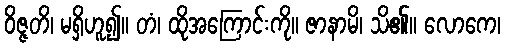
ဝိဇ္ဇတိ၊ မရှိဟူ၍။ တံ၊ ထိုအကြောင်းကို။ ဇာနာမိ၊ သိ၏။ လောကေ၊